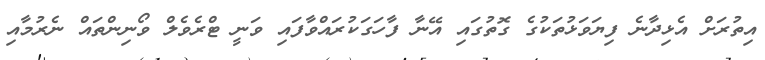
އިތުރަށް އެޅިދާނެ ފިޔަވަޅުތަކުގެ ގޮތުގައި އޭނާ ފާހަގަކުރައްވާފައި ވަނީ ޓްރެވެލް ވޯނިންތައް ނެރުމާއި